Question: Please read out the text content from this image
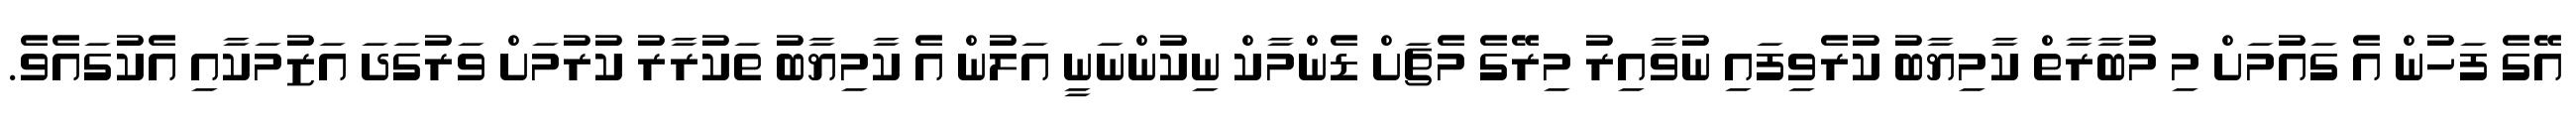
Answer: އޭގެ ފަހުން އެ ގައުމަށް މި މުބާރާތް ކާމިޔާބު ކުރެވިފައި ނުވާއިރު މިރޭގެ މެޗަށް ޑެންމާކް ނިކުންނަނީ އަލުން އެ ކާމިޔާބު ތަކުރާރު ކުރުމަށް ވަރުގަދަ އަޒުމަކާއި އެކުގައެވެ.